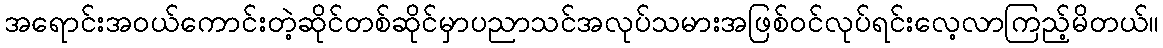
အရောင်းအဝယ်ကောင်းတဲ့ဆိုင်တစ်ဆိုင်မှာပညာသင်အလုပ်သမားအဖြစ်ဝင်လုပ်ရင်းလေ့လာကြည့်မိတယ်။